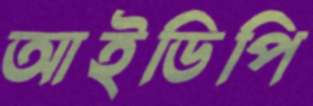
আইডিপি